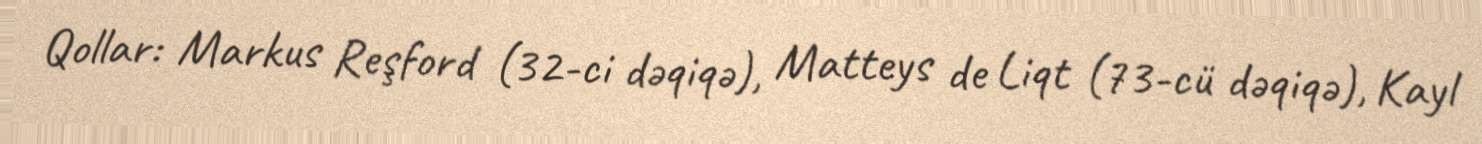
Qollar: Markus Reşford (32-ci dəqiqə), Matteys de Liqt (73-cü dəqiqə), Kayl